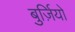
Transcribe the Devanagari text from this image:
बुर्ज़ियो